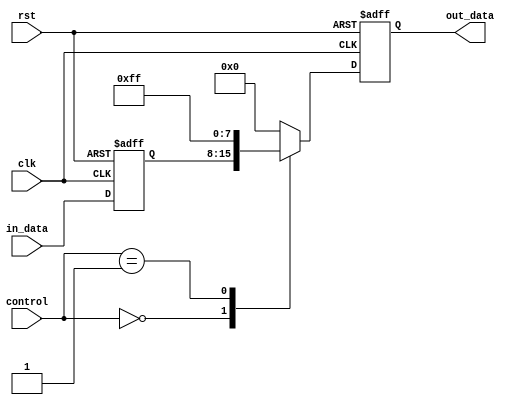
module io_buffer (
    input wire clk,
    input wire rst,
    input wire [3:0] control,
    input wire [7:0] in_data,
    output wire [7:0] out_data
);

// Input buffer
reg [7:0] in_buffer;

always @(posedge clk or negedge rst) begin
    if (!rst) begin
        in_buffer <= 8'h00;
    end else begin
        in_buffer <= in_data;
    end
end

// Output buffer
reg [7:0] out_buffer;

always @(posedge clk or negedge rst) begin
    if (!rst) begin
        out_buffer <= 8'h00;
    end else begin
        case (control)
            0: out_buffer <= in_buffer;
            1: out_buffer <= 8'hFF; // Example routing logic
            // Add more cases for additional routing logic
            default: out_buffer <= 8'h00;
        endcase
    end
end

assign out_data = out_buffer;

endmodule